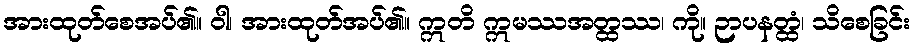
အားထုတ်စေအပ်၏။ ဝါ၊ အားထုတ်အပ်၏။ ဣတိ ဣမဿအတ္ထဿ၊ ကို။ ဉာပနတ္ထံ၊ သိစေခြင်း